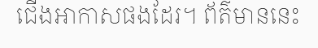
ជើងអាកាសផងដែរ។ ព័ត៌មាននេះ